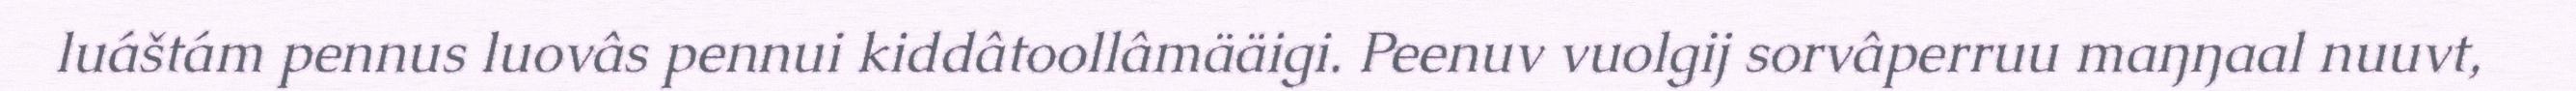
luáštám pennus luovâs pennui kiddâtoollâmääigi. Peenuv vuolgij sorvâperruu maŋŋaal nuuvt,